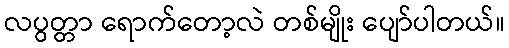
လပွတ္တာ ရောက်တော့လဲ တစ်မျိုး ပျော်ပါတယ်။